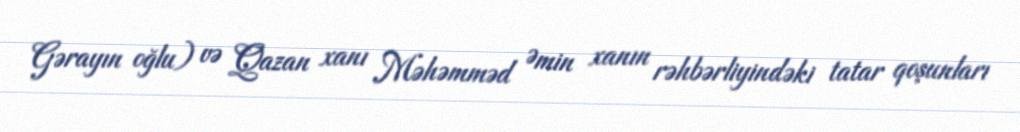
Gərayın oğlu) və Qazan xanı Məhəmməd Əmin xanın rəhbərliyindəki tatar qoşunları